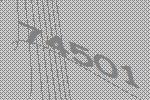
74501